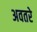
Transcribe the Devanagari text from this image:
अवतरे